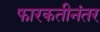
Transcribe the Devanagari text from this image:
फारकतीनंतर